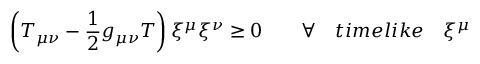
\left( T _ { \mu \nu } - \frac { 1 } { 2 } g _ { \mu \nu } T \right) { \xi } ^ { \mu } { \xi } ^ { \nu } \ge 0 \qquad \forall \quad t i m e l i k e \quad { \xi } ^ { \mu }